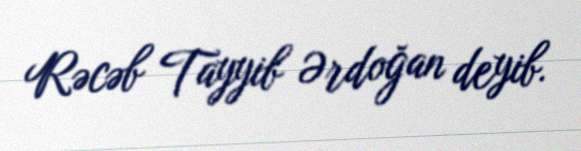
Rəcəb Tayyib Ərdoğan deyib.